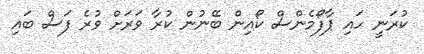
ކުރަނީ ހައި ޕާފޯމެންސް ކޯއިން ބޭނުން ކުރާ ވަރަށް ވުރެ ފަސް ބައި